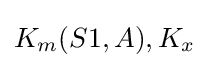
K_{m}(S1,A),K_{x}